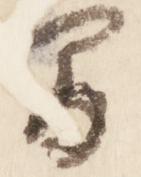
間